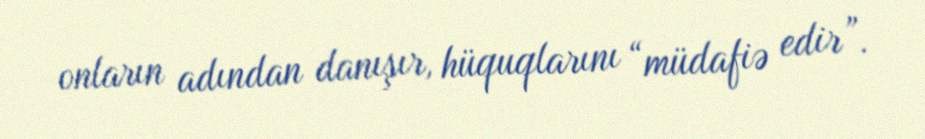
onların adından danışır, hüquqlarını “müdafiə edir”.